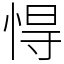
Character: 㥂